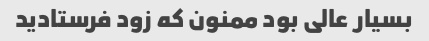
بسیار عالی بود ممنون که زود فرستادید